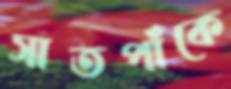
সাতপাঁকে